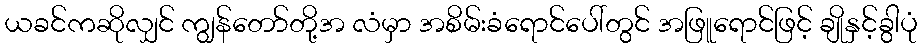
ယခင်ကဆိုလျှင် ကျွန်တော်တို့အ လံမှာ အစိမ်းခံရောင်ပေါ်တွင် အဖြူရောင်ဖြင့် ချိုနှင့်ခွါပုံ